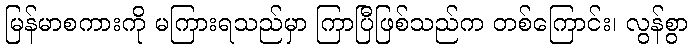
မြန်မာစကားကို မကြားရသည်မှာ ကြာပြီဖြစ်သည်က တစ်ကြောင်း၊ လွန်စွာ